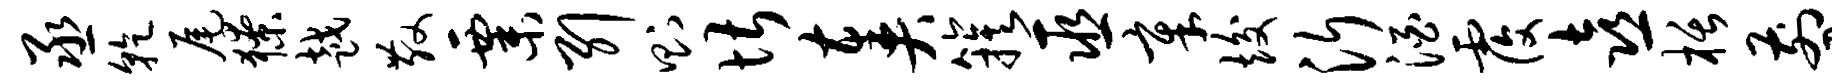
丞干尾獠越散粟引则堪奏簇巫章竣沂酒覆喜栝剪